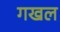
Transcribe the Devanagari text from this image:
गखल